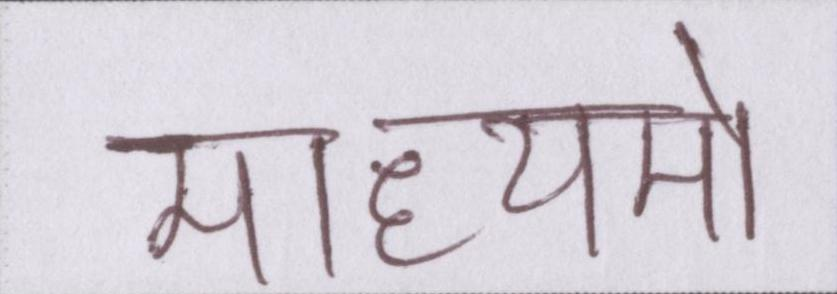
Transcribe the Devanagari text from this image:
माध्यमों